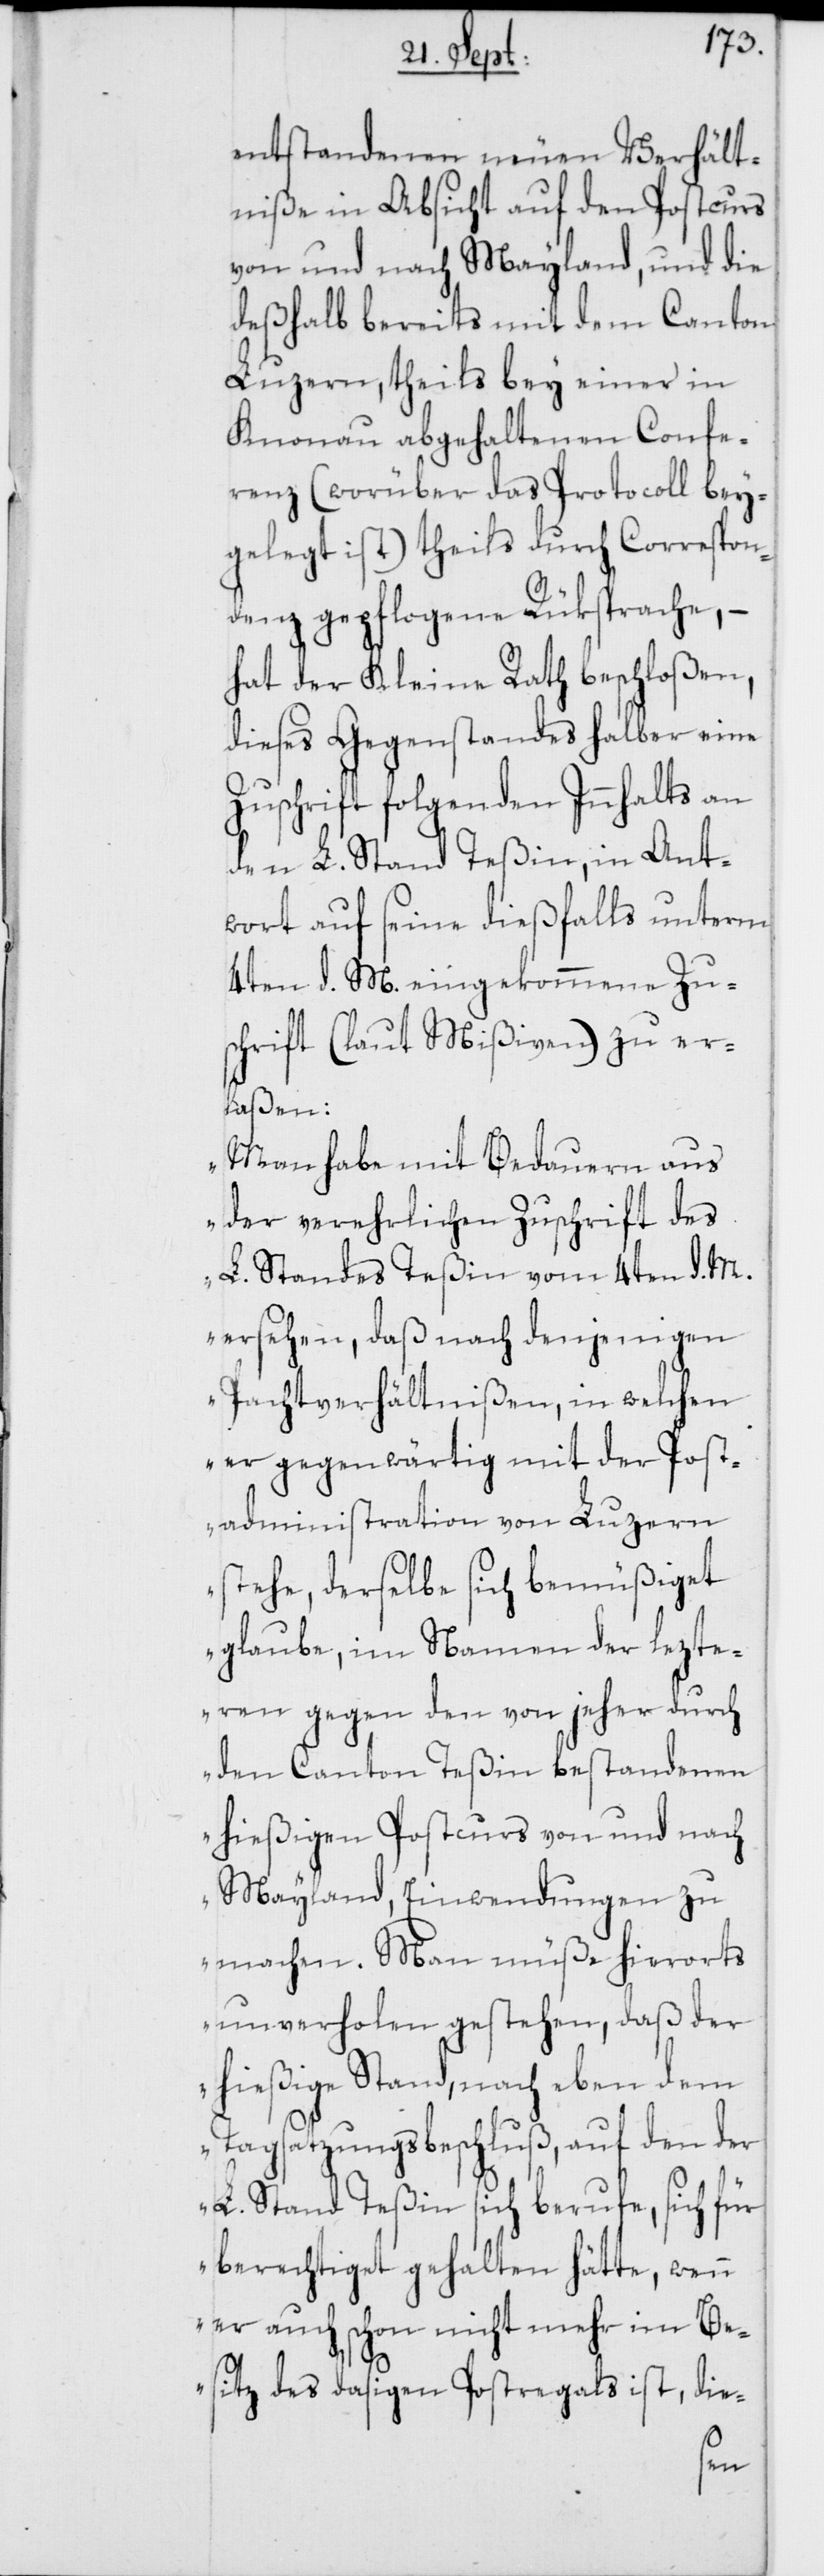
entstandenen neuen Verhält¬
niße in Absicht auf den Postcurs
von und nach Mayland, und die
deßhalb bereits mit dem Canton
Luzern, theils bey einer in
Knonau abgehaltenen Confe¬
renz (worüber das Protocoll bey¬
gelegt ist) theils durch Correspon¬
denz gepflogene Rüksprache, –
hat der Kleine Rath beschloßen,
dieses Gegenstandes halber eine
Zuschrift folgenden Innhalts an
den L. Stand Teßin, in Ant¬
wort auf seine dießfalls unterm
4ten d. M. eingekommene Zu¬
schrift (laut Mißiven) zu er¬
laßen:
„Man habe mit Bedauern aus
der verehrlichen Zuschrift des
L. Standes Teßin vom 4ten d. M.
ersehen, daß nach denjenigen
Pachtverhältnißen, in welchen
er gegenwärtig mit der Post¬
administration von Luzern
stehe, derselbe sich bemüßiget
glaube, im Namen der lezte¬
ren gegen den von jeher durch
den Canton Teßin bestandenen
hießigen Postcurs von und nach
Mayland, Einwendungen zu
machen. Man müße hierorts
unverholen gestehen, daß der
hießige Stand, nach eben dem
Tagsatzungsbeschluß, auf den der
L. Stand Teßin sich berufe, sich für
berechtiget gehalten hätte, wenn
er auch schon nicht mehr im Be¬
sitz des dasigen Postregals ist, die-